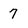
Character: 7